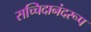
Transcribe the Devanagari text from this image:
सच्चिदानंदरूप